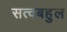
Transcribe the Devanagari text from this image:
सत्वबहुल